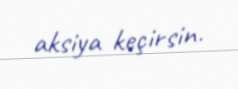
aksiya keçirsin.